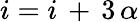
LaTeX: i=i\, +\, 3\, \alpha